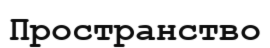
Пространство